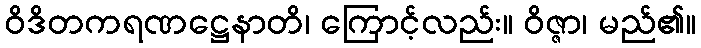
ဝိဒိတကရဏဋ္ဌေနာတိ၊ ကြောင့်လည်း။ ဝိဇ္ဇာ၊ မည်၏။